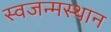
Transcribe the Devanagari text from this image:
स्वजन्मस्थान